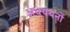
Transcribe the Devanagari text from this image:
अधययनों